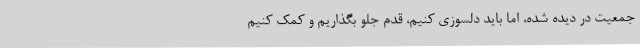
جمعیت در دیده شده، اما باید دلسوزی کنیم، قدم جلو بگذاریم و کمک کنیم